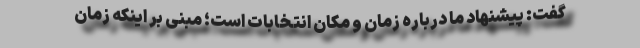
گفت: پیشنهاد ما درباره زمان و مکان انتخابات است؛ مبنی بر اینکه زمان